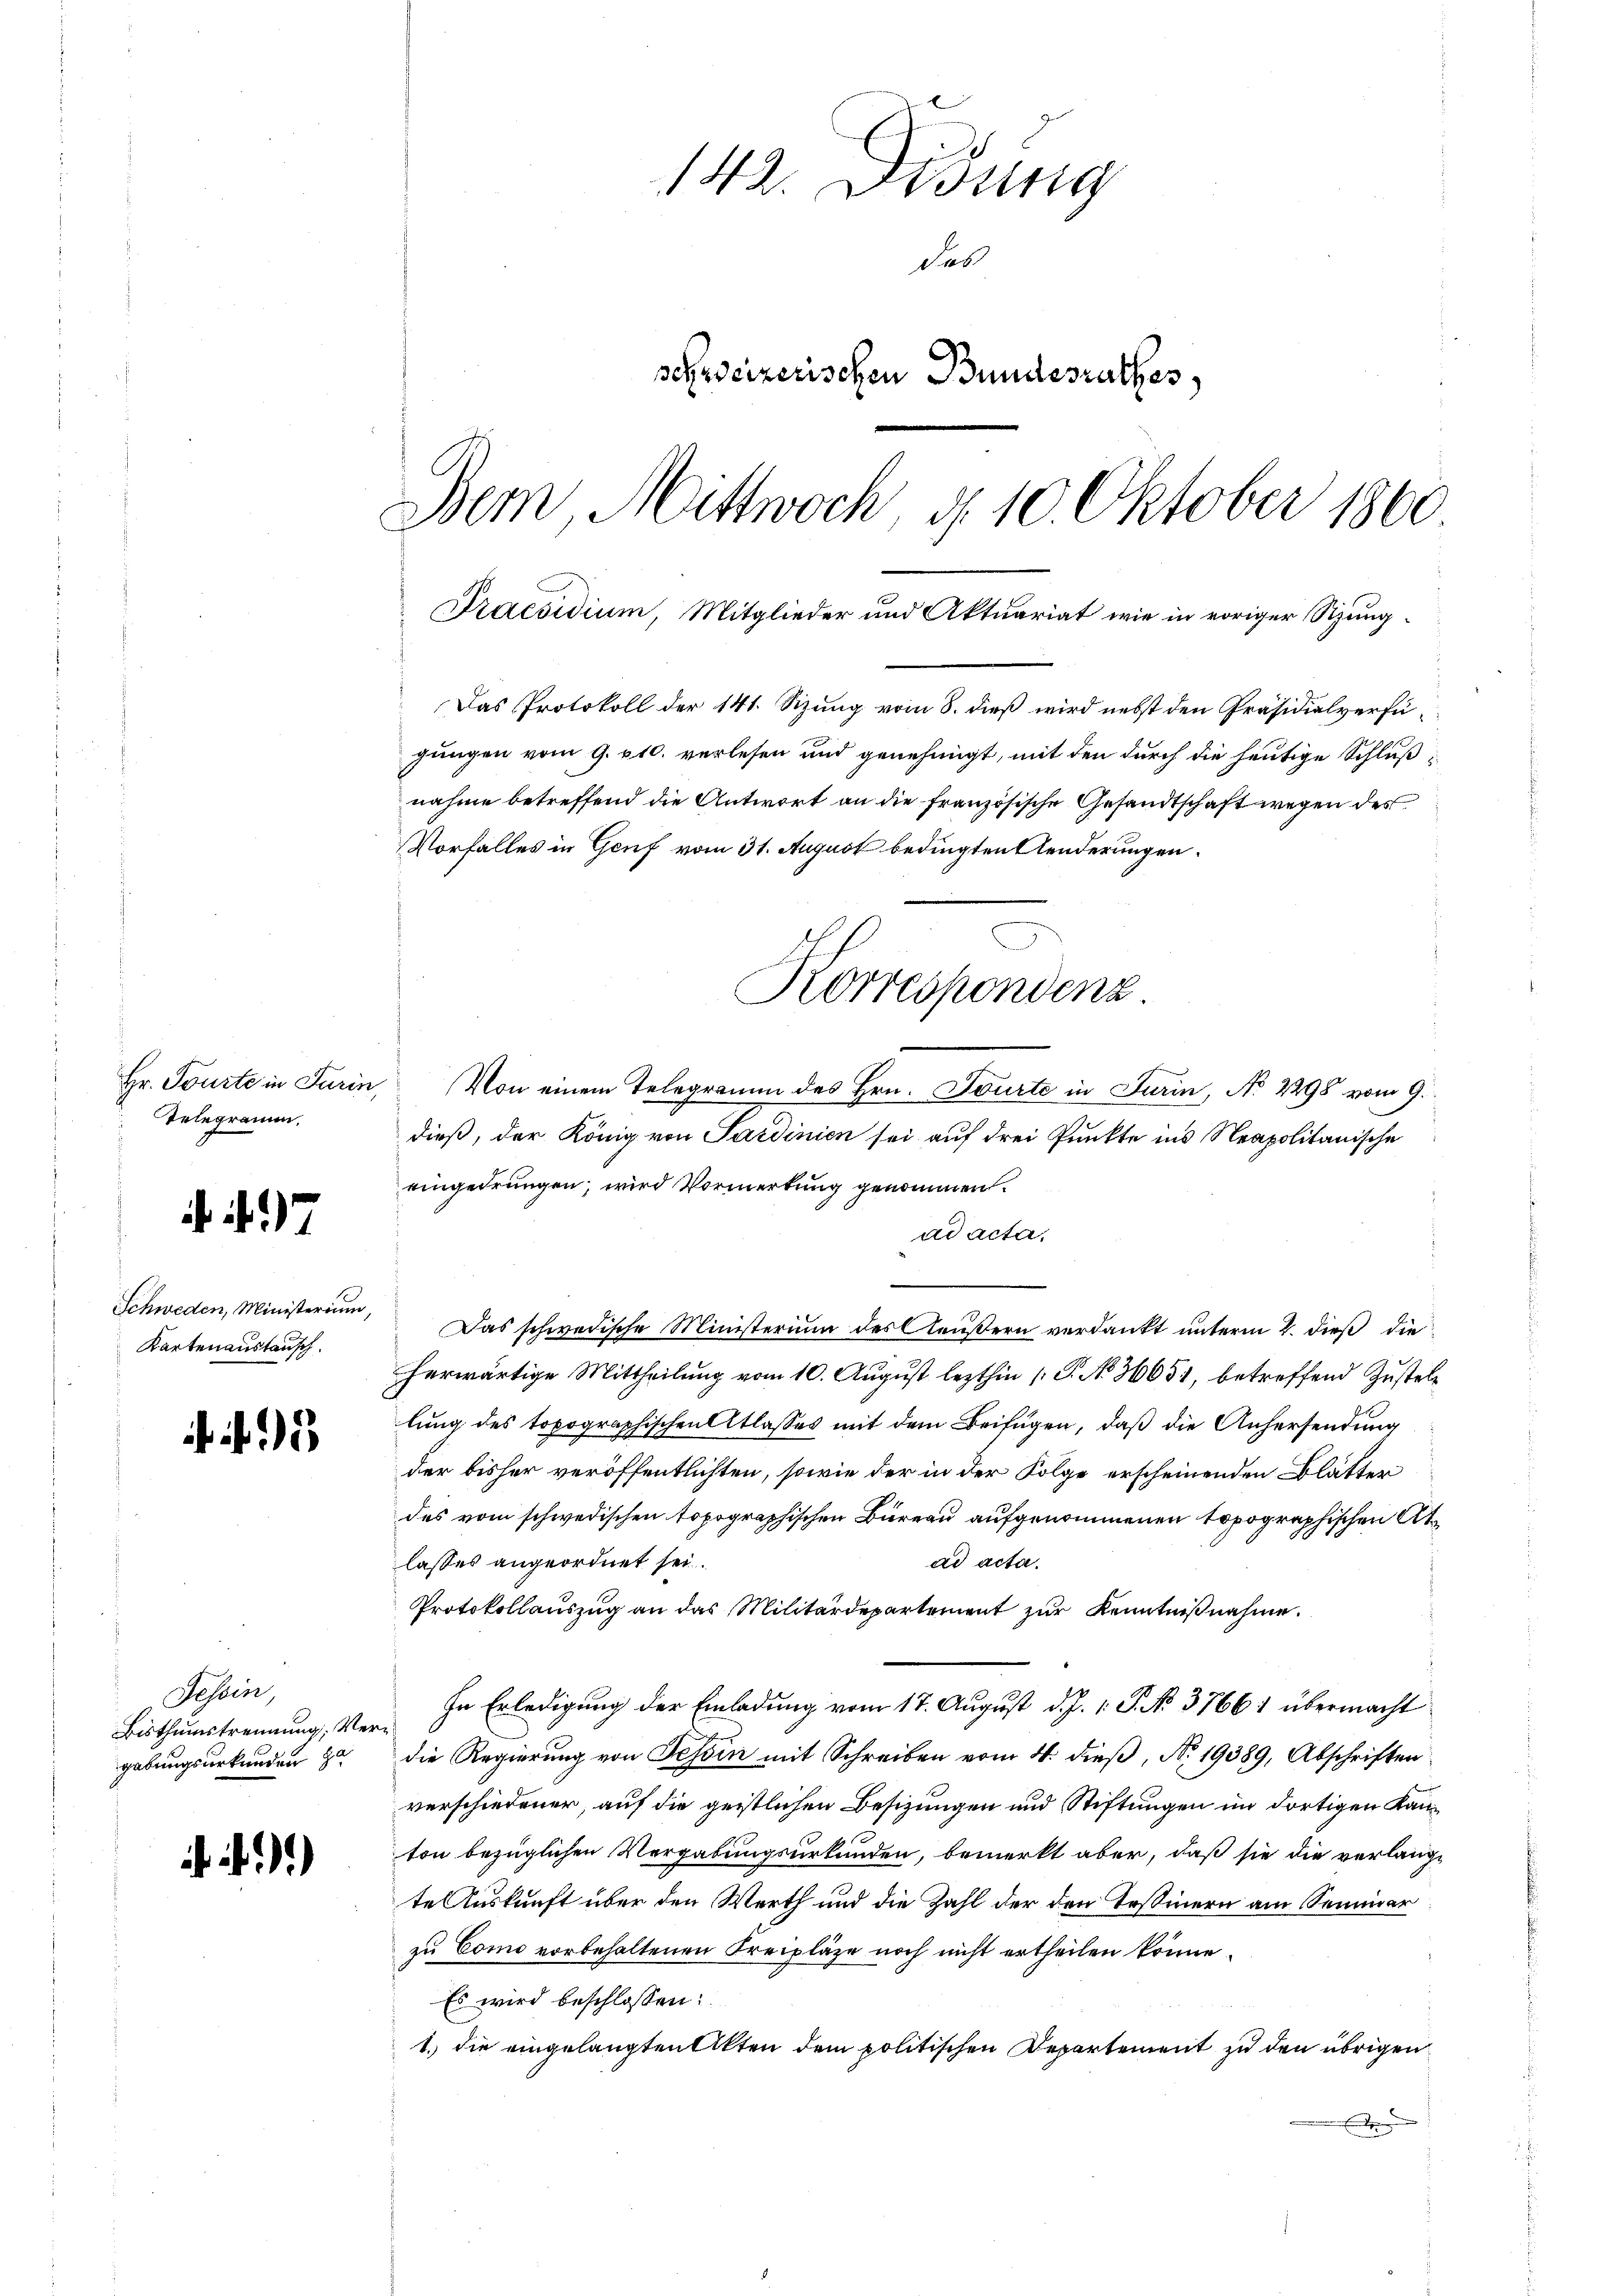
Hr. Tourte in Turin
Telegramm.

ii 17

Schweden, Ministerium,
Kartenaustausch.

Tessin,
Bisthumstrennung, Ve
gabungsurkunden ha

)

Praesidium, Mitglieder und Aktuariat wie in voriger Szung¬

142. Didung
das
schweizerischen Bundesrathes,
Dem Mittwoch, d. 10. Oktober 1860.

Das Protokoll der 141. Sizung vom 8. dieß wird nebst den Präsidialverfügungen vom 9. 10. verlesen und genehmigt, mit den durch die heutige Schlußnahme betreffend die Antwort an die französische Gesandtschaft wegen des
Vorfalles in Genf vom 31. August bedingten Aenderungen.
 Von einem Telegramm des Hrn. Tourte in Turin, No 2298 vom 9.
dieß, der König von Sardinien sei auf drei Punkte ins Neapolitanische
eingedrungen, wird Vormerkung genommen.
ad acta.
.
Das schwedische Ministerium des Aeußern verdankt unterm 2. dieß die
herwärtige Mittheilung vom 10. August lezthin (: P. No 36651, betreffend Zustell
lung des topographischen Atlasses mit dem Beifügen, daß die Anhersendung
der bisher veröffentlichten, sowie der in der Folge erscheinenden Blätter
des vom schwedischen topographischen Bureau aufgenommenen topographischen Atlasses angeordnet sei.
ad acta.
Protokollauszug an das Militärdepartement zur Kenntnißnahme.
In Erledigung der Einladung vom 17. August d. J. 1. P. No. 37661 übermacht
ns
die Regierung von Tessin mit Schreiben vom 4. dieß, No. 19389, Abschriften
verschiedener, auf die geistlichen Besizungen und Stiftungen im dortigen Kanton bezüglichen Vergabungsurkunden, bemerkt aber, daß sie die verlange
te Auskunft über den Werth und die Zahl der den Tessinern am Semmer
zu Como vorbehaltenen Kreipläze noch nicht ertheilen könne.
Es wird beschlossen:
1.) die eingelangten Akten dem politischen Departement zu den übrigen
e

Korrespondenz